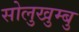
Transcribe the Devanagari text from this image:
सोलुखुम्बु